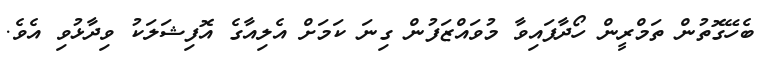
ބެހޭގޮތުން ތަމްރީން ހޯދާފައިވާ މުވައްޒަފުން ގިނަ ކަމަށް އެލިއާގެ އޮފިޝަލަކު ވިދާޅުވި އެވެ.